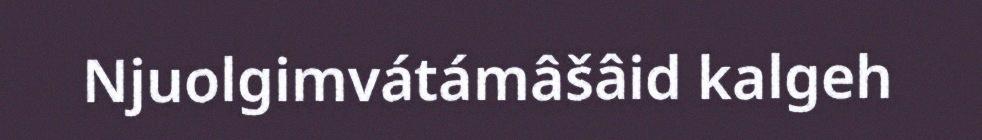
Njuolgimvátámâšâid kalgeh